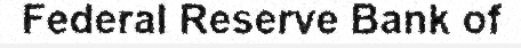
Federal Reserve Bank of